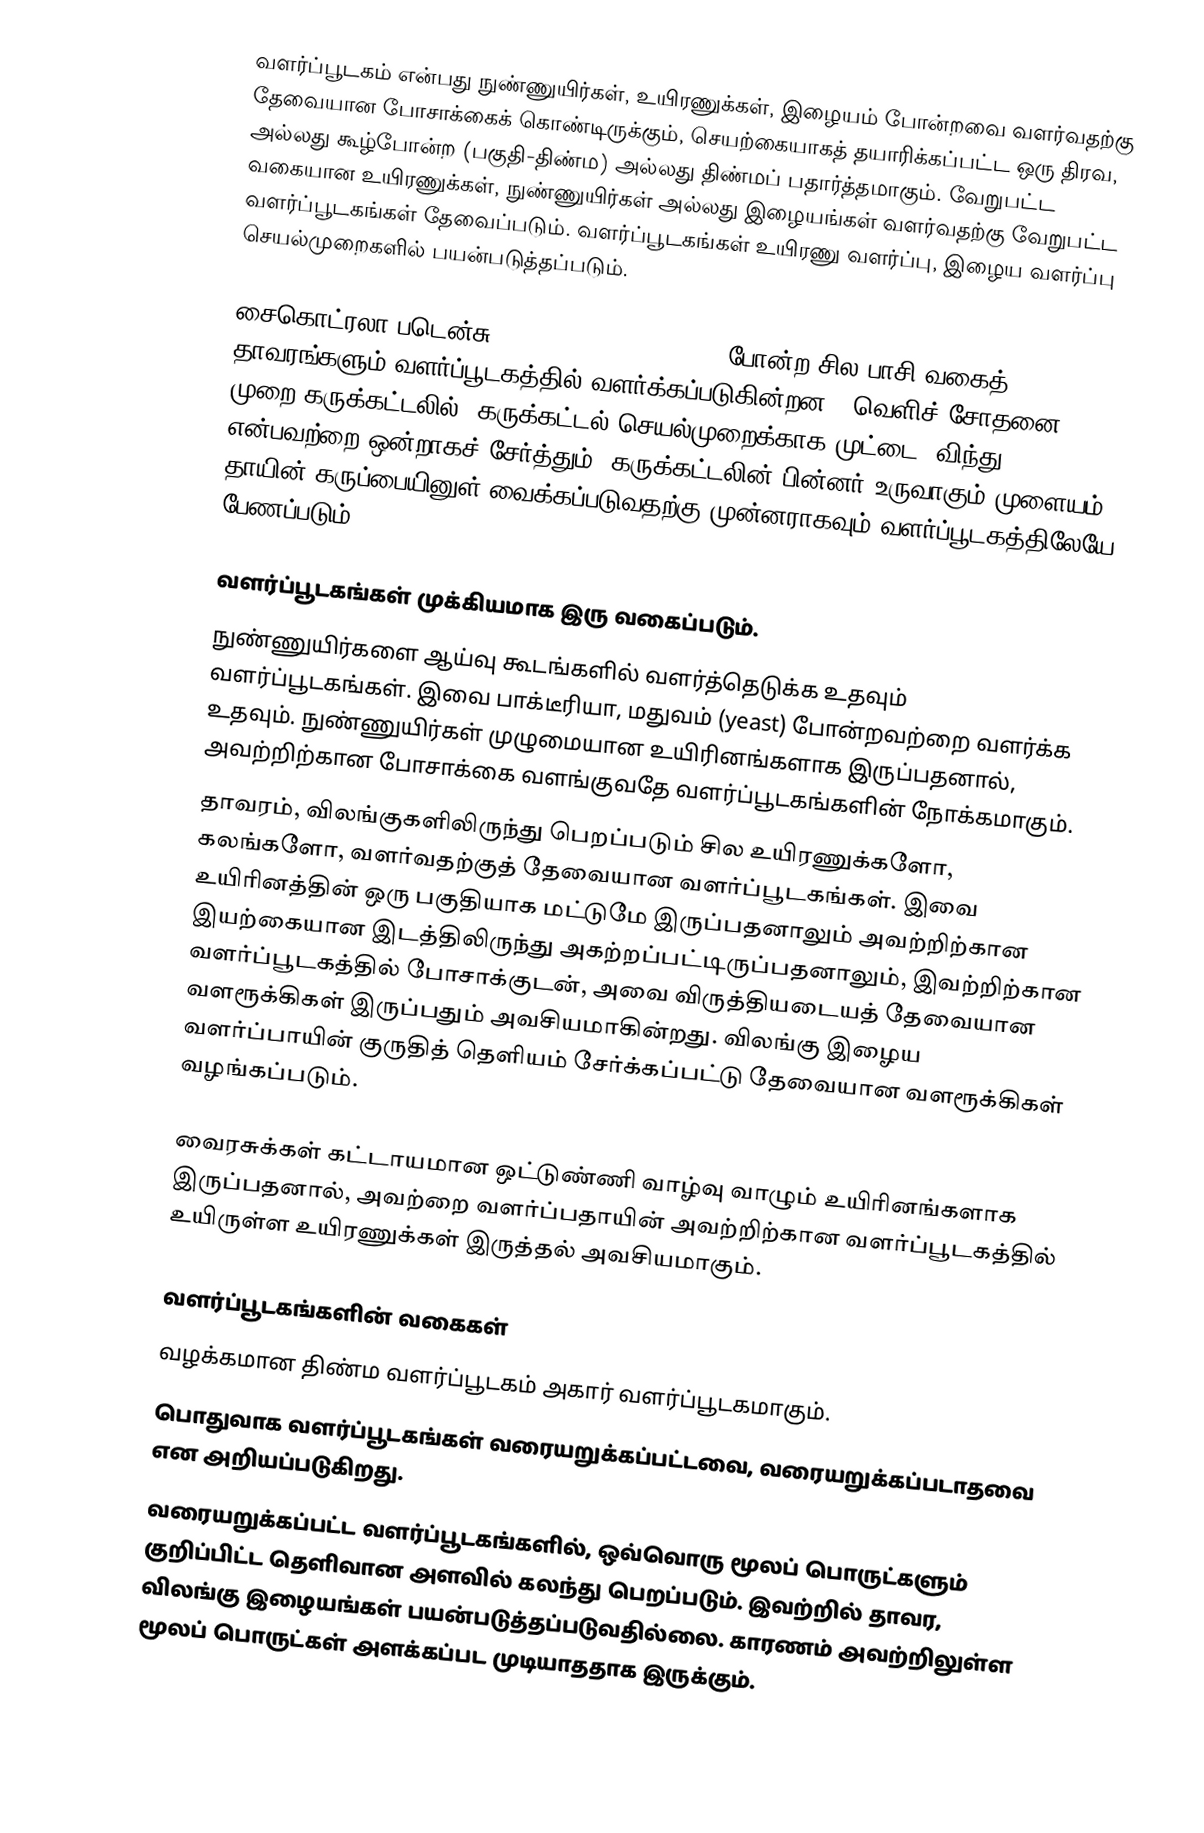
வளர்ப்பூடகம் என்பது நுண்ணுயிர்கள், உயிரணுக்கள், இழையம் போன்றவை வளர்வதற்கு தேவையான போசாக்கைக் கொண்டிருக்கும், செயற்கையாகத் தயாரிக்கப்பட்ட ஒரு திரவ, அல்லது கூழ்போன்ற (பகுதி-திண்ம) அல்லது திண்மப் பதார்த்தமாகும். வேறுபட்ட வகையான உயிரணுக்கள், நுண்ணுயிர்கள் அல்லது இழையங்கள் வளர்வதற்கு வேறுபட்ட வளர்ப்பூடகங்கள் தேவைப்படும். வளர்ப்பூடகங்கள் உயிரணு வளர்ப்பு, இழைய வளர்ப்பு செயல்முறைகளில் பயன்படுத்தப்படும்.

சைகொட்ரலா படென்சு (Physcomitrella patens) போன்ற சில பாசி வகைத் தாவரங்களும் வளர்ப்பூடகத்தில் வளர்க்கப்படுகின்றன.. வெளிச் சோதனை முறை கருக்கட்டலில், கருக்கட்டல் செயல்முறைக்காக முட்டை, விந்து என்பவற்றை ஒன்றாகச் சேர்த்தும், கருக்கட்டலின் பின்னர் உருவாகும் முளையம் தாயின் கருப்பையினுள் வைக்கப்படுவதற்கு முன்னராகவும் வளர்ப்பூடகத்திலேயே பேணப்படும்

வளர்ப்பூடகங்கள் முக்கியமாக இரு வகைப்படும்.
 நுண்ணுயிர்களை ஆய்வு கூடங்களில் வளர்த்தெடுக்க உதவும் வளர்ப்பூடகங்கள். இவை பாக்டீரியா, மதுவம் (yeast) போன்றவற்றை வளர்க்க உதவும். நுண்ணுயிர்கள் முழுமையான உயிரினங்களாக இருப்பதனால், அவற்றிற்கான போசாக்கை வளங்குவதே வளர்ப்பூடகங்களின் நோக்கமாகும்.
 தாவரம், விலங்குகளிலிருந்து பெறப்படும் சில உயிரணுக்களோ, கலங்களோ, வளர்வதற்குத் தேவையான வளர்ப்பூடகங்கள். இவை உயிரினத்தின் ஒரு பகுதியாக மட்டுமே இருப்பதனாலும் அவற்றிற்கான இயற்கையான இடத்திலிருந்து அகற்றப்பட்டிருப்பதனாலும், இவற்றிற்கான வளர்ப்பூடகத்தில் போசாக்குடன், அவை விருத்தியடையத் தேவையான வளரூக்கிகள் இருப்பதும் அவசியமாகின்றது. விலங்கு இழைய வளர்ப்பாயின் குருதித் தெளியம் சேர்க்கப்பட்டு தேவையான வளரூக்கிகள் வழங்கப்படும்.

வைரசுக்கள் கட்டாயமான ஒட்டுண்ணி வாழ்வு வாழும் உயிரினங்களாக இருப்பதனால், அவற்றை வளர்ப்பதாயின் அவற்றிற்கான வளர்ப்பூடகத்தில் உயிருள்ள உயிரணுக்கள் இருத்தல் அவசியமாகும்.

வளர்ப்பூடகங்களின் வகைகள்
வழக்கமான திண்ம வளர்ப்பூடகம் அகார் வளர்ப்பூடகமாகும்.
பொதுவாக வளர்ப்பூடகங்கள் வரையறுக்கப்பட்டவை, வரையறுக்கப்படாதவை என அறியப்படுகிறது.
 வரையறுக்கப்பட்ட வளர்ப்பூடகங்களில், ஒவ்வொரு மூலப் பொருட்களும் குறிப்பிட்ட தெளிவான அளவில் கலந்து பெறப்படும். இவற்றில் தாவர, விலங்கு இழையங்கள் பயன்படுத்தப்படுவதில்லை. காரணம் அவற்றிலுள்ள மூலப் பொருட்கள் அளக்கப்பட முடியாததாக இருக்கும்.